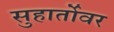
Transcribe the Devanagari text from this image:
सुहार्तोवर